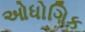
ઓધોગિક